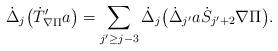
LaTeX: \begin{align*}\dot{\Delta}_j\big(\dot{T}'_{\nabla\Pi}a\big)=\sum_{j'\geq j-3}\dot{\Delta}_j\big(\dot{\Delta}_{j'}a\dot{S}_{j'+2}\nabla\Pi\big).\end{align*}